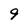
Character: 9